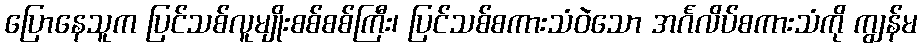
ပြောနေသူက ပြင်သစ်လူမျိုးစစ်စစ်ကြီး၊ ပြင်သစ်စကားသံဝဲသော အင်္ဂလိပ်စကားသံကို ကျွန်မ